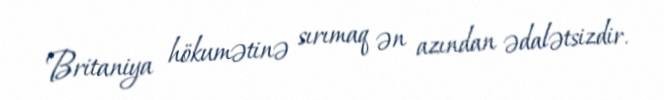
Britaniya hökumətinə sırımaq ən azından ədalətsizdir.